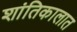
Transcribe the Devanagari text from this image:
शांतिकालात